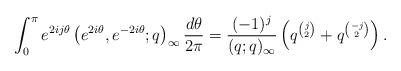
LaTeX: \begin{align*}\int_0^{\pi}e^{2ij\theta}\left(e^{2i\theta},e^{-2i\theta};q\right)_{\infty}\frac{d\theta}{2\pi}=\frac{(-1)^{j}}{(q;q)_{\infty}}\left(q^{\binom{j}{2}}+q^{\binom{-j}{2}}\right).\end{align*}